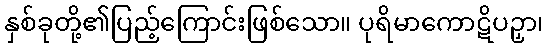
နှစ်ခုတို့၏ပြည့်ကြောင်းဖြစ်သော။ ပုရိမာကောဋိပဉှာ၊